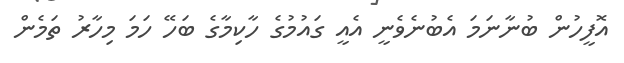
އޮފީހުން ބުނާނަމަ އެބުނެވެނީ އެއީ ގައުމުގެ ހާކިމާގެ ބަހޭ ހަމަ މިހާރު ތަމެން